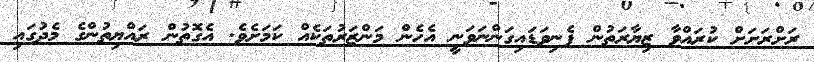
ރަަށްރަށަށް ކުރައްވާ ޒިޔާރަތުން ފެނިވަޑައިގަންނަވަނީ އެހެން މަންޒަރުތަކެއް ކަމަށެވެ. އެގޮތުން ރައްޔިތުންގެ މެދުގައި